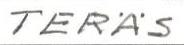
TERÄS